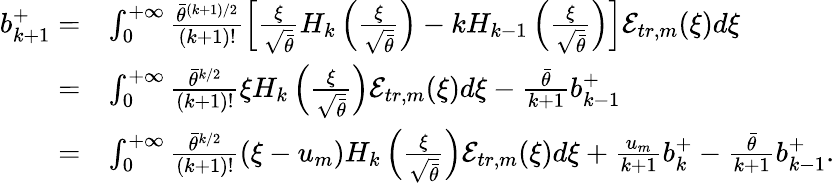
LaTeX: \begin{array}{rl}{b_{k+1}^{+}=}&{\int_{0}^{+\infty}\frac{\bar{\theta}^{(k+1)/2}}{(k+1)!}\left[\frac{\xi}{\sqrt{\bar{\theta}}}H_{k}\left(\frac{\xi}{\sqrt{\bar{\theta}}}\right)-kH_{k-1}\left(\frac{\xi}{\sqrt{\bar{\theta}}}\right)\right]\mathcal{E}_{tr,m}(\xi)d\xi}\\ {=}&{\int_{0}^{+\infty}\frac{\bar{\theta}^{k/2}}{(k+1)!}\xi H_{k}\left(\frac{\xi}{\sqrt{\bar{\theta}}}\right)\mathcal{E}_{tr,m}(\xi)d\xi-\frac{\bar{\theta}}{k+1}b_{k-1}^{+}}\\ {=}&{\int_{0}^{+\infty}\frac{\bar{\theta}^{k/2}}{(k+1)!}(\xi-u_{m})H_{k}\left(\frac{\xi}{\sqrt{\bar{\theta}}}\right)\mathcal{E}_{tr,m}(\xi)d\xi+\frac{u_{m}}{k+1}b_{k}^{+}-\frac{\bar{\theta}}{k+1}b_{k-1}^{+}.}\end{array}